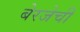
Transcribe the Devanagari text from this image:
बेरजेची